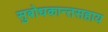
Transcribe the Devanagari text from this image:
सुबोधकान्तसहाय